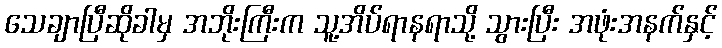
သေချာပြီဆိုခါမှ အဘိုးကြီးက သူ့အိပ်ရာနရာသို့ သွားပြီး အဖုံးအနက်နှင့်